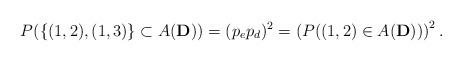
LaTeX: \begin{align*}P( \{ (1,2),(1,3)\} \subset A(\mathbf{D}))=(p_e p_d)^2=\left (P((1,2)\in A(\mathbf{D})) \right )^2.\end{align*}